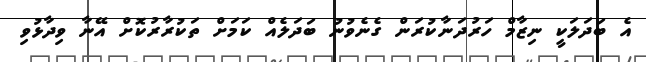
އެ ބަދަލަކީ ނިޒާމް ހަރުދަނާކުރަން ގެނެވުނު ބަދަލެއް ކަމަށް ތަކުރާރުކޮށް އޭނާ ވިދާޅުވި